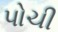
પોચી